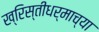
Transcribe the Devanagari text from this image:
ख्रिस्तीधर्माच्या